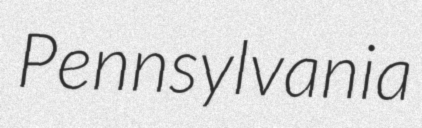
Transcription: Pennsylvania